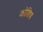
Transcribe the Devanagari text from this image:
कोशिष